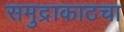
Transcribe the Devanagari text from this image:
समुद्राकाठचा